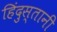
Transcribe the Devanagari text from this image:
हिंदुस्‍तानी